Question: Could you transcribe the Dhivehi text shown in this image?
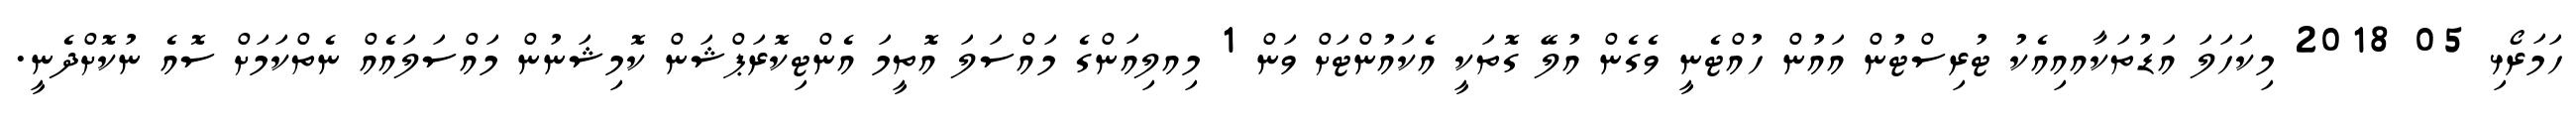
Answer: ހަމަރޯޅި 05 2018 މިކަހަލަ އަޑުތަކާއއިއެކު ޓުރިސްޓުން އައުން ހުއްޓެނީ ވެގެން އުލޭ ގޮތަކީ އެކައުންޓަށް ވަން 1 މިއލިއަންގެ މައްސަލަ އޮތީމަ އެންޓިކޮރަޕްޝަން ކޮމިޝަނުން މައްސަލައެއް ނެތްކަމަށް ސޮއެ ނުކޮށްދެނީ.